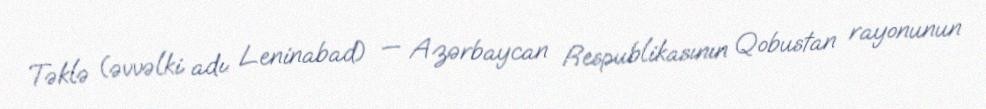
Təklə (əvvəlki adı: Leninabad) — Azərbaycan Respublikasının Qobustan rayonunun